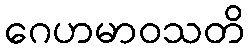
ဂေဟမာဝသတိ